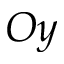
O y